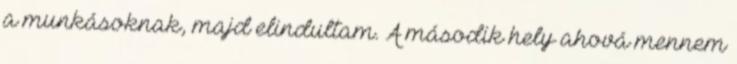
a munkásoknak, majd elindultam. A második hely ahová mennem